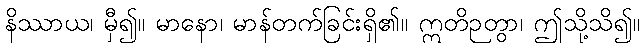
နိဿာယ၊ မှီ၍။ မာနော၊ မာန်တက်ခြင်းရှိ၏။ ဣတိဉတွာ၊ ဤသို့သိ၍။